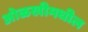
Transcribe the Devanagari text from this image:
ओळखीमधील